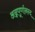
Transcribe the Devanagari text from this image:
अन्नपूर्णानन्द